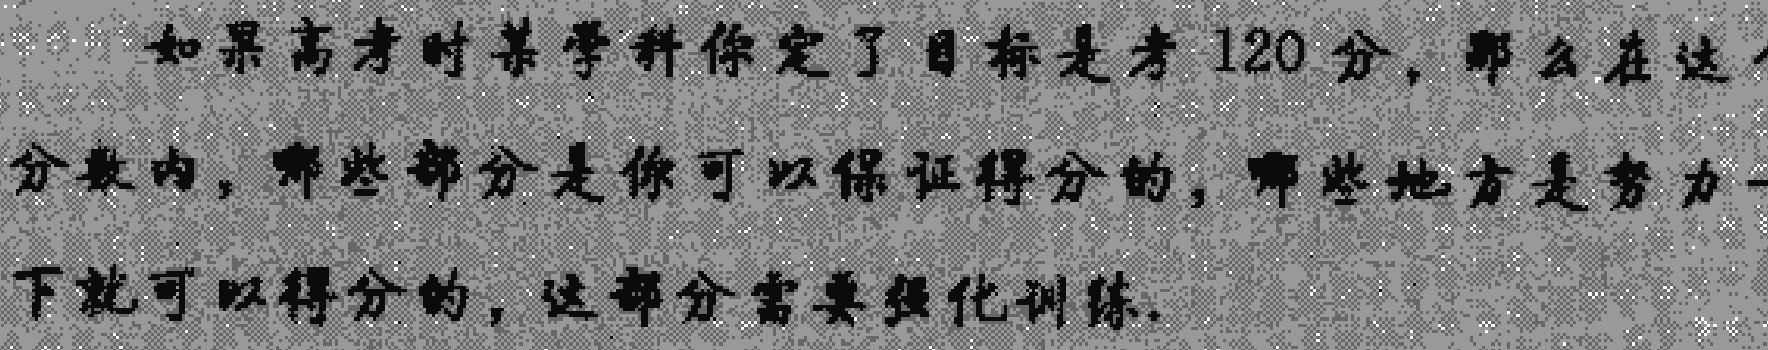
如果高考时某学科你定了目标是考120分，那么在达
分数内，哪些部分是你可以保证得分的，哪些地方是努力一
下就可以得分的，这部分需要强化训练.